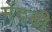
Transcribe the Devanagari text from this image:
मेंदडी